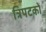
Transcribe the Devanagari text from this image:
त्रिपटकों